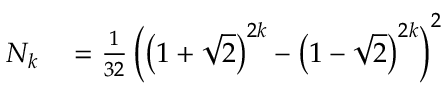
\begin{array} { r l } { N _ { k } } & { { } = { \frac { 1 } { 3 2 } } \left( \left( 1 + { \sqrt { 2 } } \right) ^ { 2 k } - \left( 1 - { \sqrt { 2 } } \right) ^ { 2 k } \right) ^ { 2 } } \end{array}